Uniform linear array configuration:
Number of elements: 4
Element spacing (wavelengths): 0.5
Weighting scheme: hamming
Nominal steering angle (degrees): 0
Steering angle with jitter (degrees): -0.5815
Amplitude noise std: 0.05
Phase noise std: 0.05

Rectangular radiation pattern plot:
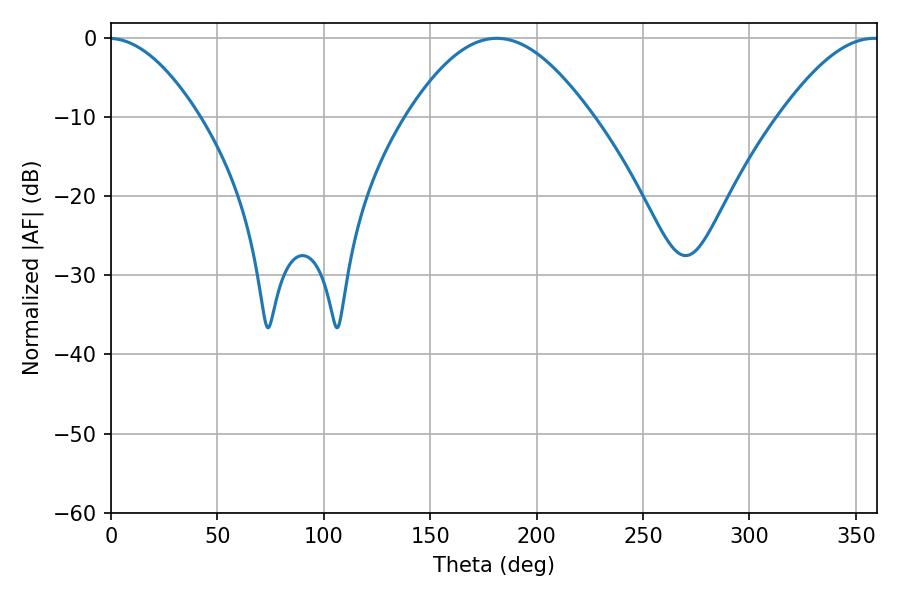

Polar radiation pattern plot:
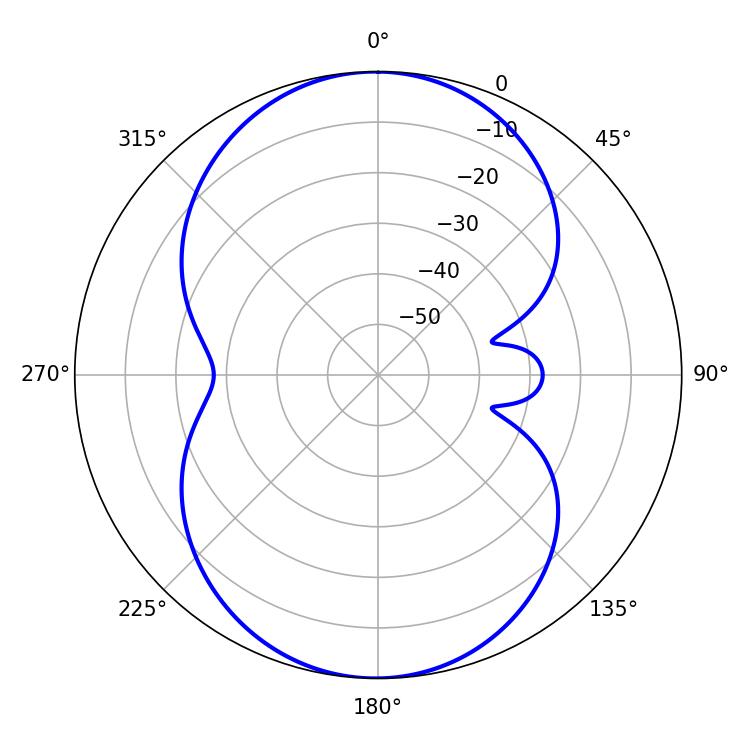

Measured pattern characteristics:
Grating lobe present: FALSE
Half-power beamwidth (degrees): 46.98
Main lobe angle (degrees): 181.26